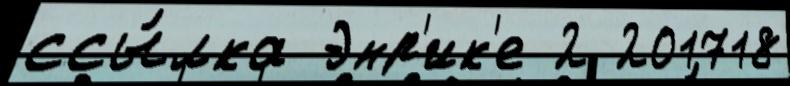
ссы́лка Энр'ик'е 2 201718